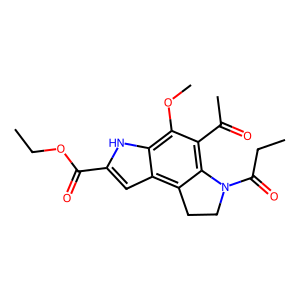
SMILES: CCOC(=O)c1cc2c3c(c(C(C)=O)c(OC)c2[nH]1)N(C(=O)CC)CC3
Inhibits HIV replication: No